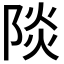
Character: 𮥐